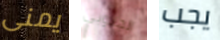
يمنى الجنوبي يجب